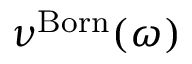
\nu ^ { \mathrm { B o r n } } ( \omega )